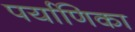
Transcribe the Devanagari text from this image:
पर्याणिका